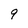
Character: 9